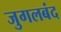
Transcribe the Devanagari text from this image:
जुगलबंद